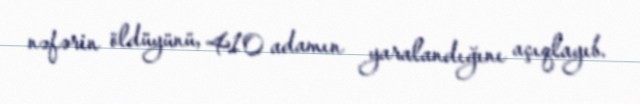
nəfərin öldüyünü, 410 adamın yaralandığını açıqlayıb.